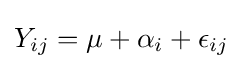
Y_{ij}=\mu +\alpha _{i}+\epsilon _{ij}